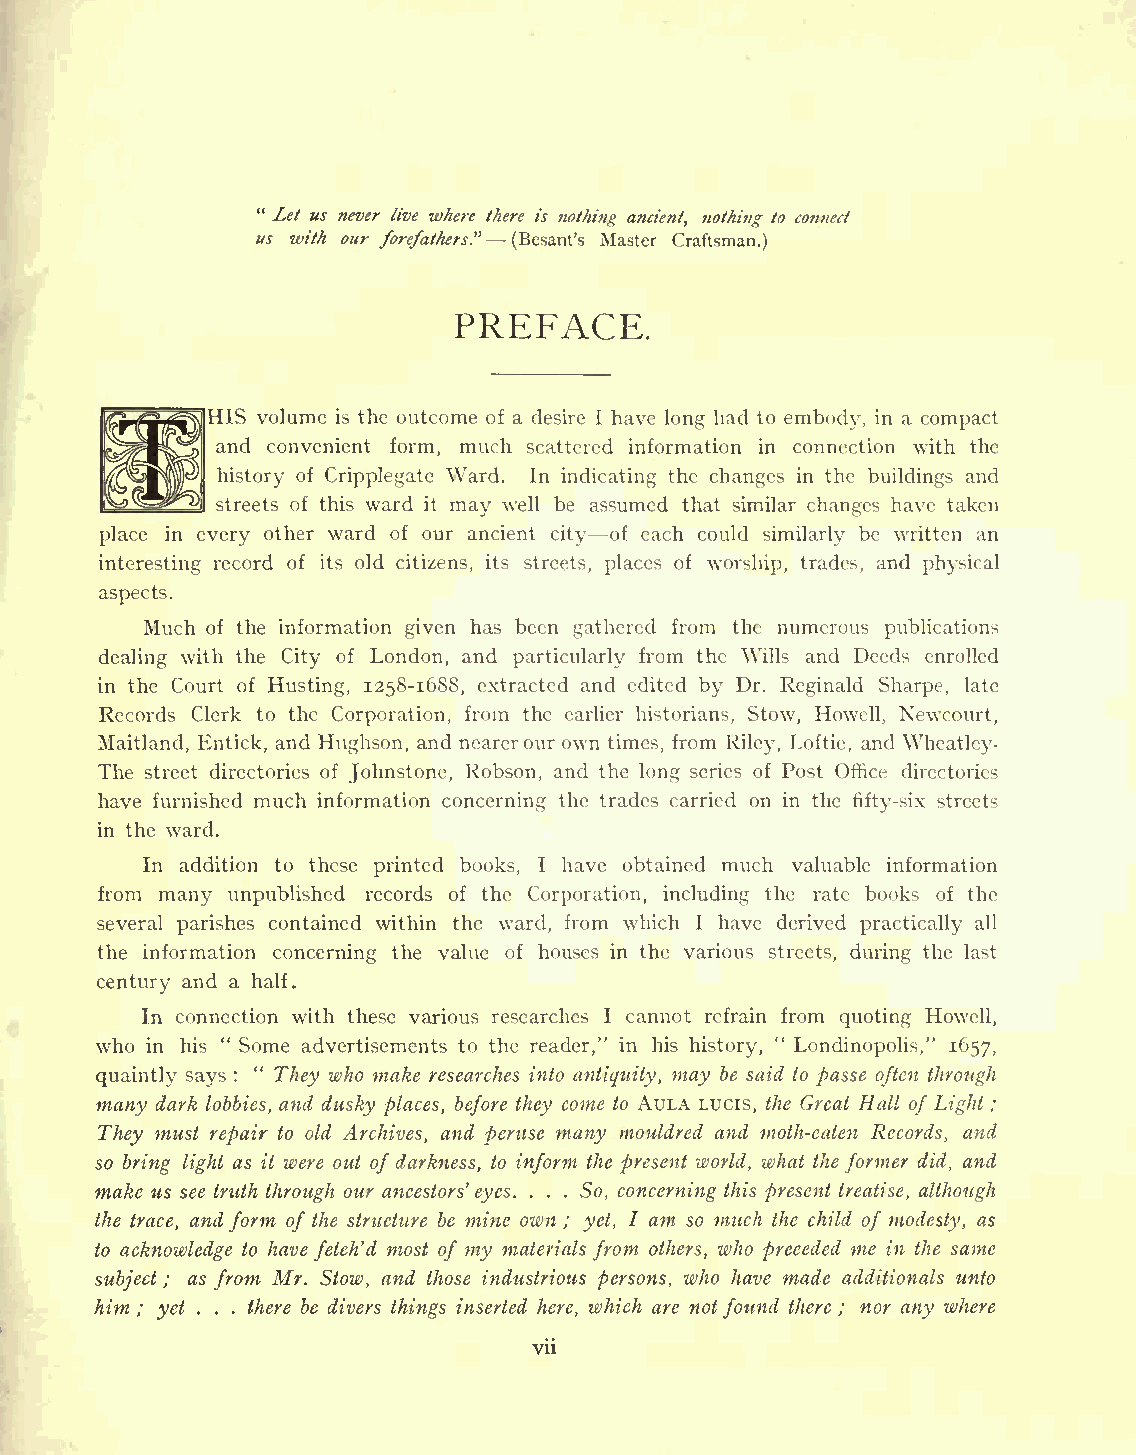
" Let us never live where there is nothing ancient, nothing to connect
 us with our forefathers" (Besant's Master Craftsman.)
 PREFACE.
 HIS volume is the outcome of a desire I have long had to embody, in a compact
 and convenient form, much scattered information in connection with the
 history of Cripplegate Ward. In indicating the changes in the buildings and
 streets of this ward it may well be assumed that similar changes have taken
 place in every other ward of our ancient city of each could similarly be written an
 interesting record of its old citizens, its streets, places of worship, trades, and physical
 aspects.
 Much of the information given has been gathered from the numerous publications
 dealing with the City of London, and particularly from the Wills and Deeds enrolled
 in the Court of Husting, 1258-1688, extracted and edited by Dr. Reginald Sharpe, late
 Records Clerk to the Corporation, from the earlier historians, Stow, Howell, Newcourt,
 Maitland, Entick, and Hughson, and nearerour own times, from Riley, Loftie, and Wheatley-
 The street directories of Johnstone, Robson, and the long series of Post Office directories
 have furnished much information concerning the trades carried on in the fifty-six streets
 in the ward.
 In addition to these printed books, I have obtained much valuable information
 from many unpublished records of the Corporation, including the rate books of the
 several parishes contained within the ward, from which I have derived practically all
 the information concerning the value of houses in the various streets, during the last
 century and a half.
 In connection with these various researches I cannot refrain from quoting Howell,
 who in his " Some advertisements to the reader," in his history, " Londinopolis," 1657,
 "
 quaintly says : They who make researches into antiquity, may be said to passe often through
 many dark lobbies, and dusky places, before they come to AULA LUCIS, the Great Hall of Light ;
 They must repair to old Archives, and peruse many mouldred and moth-eaten Records, and
 so bring light as it were out of darkness, to inform the present world, what theformer did, and
 make us see truth through our ancestors'eyes. . . . So, concerning this present treatise, although
 the trace, and form of the structure be mine own ; yet, I am so much the child of modesty, as
 to acknowledge to have fetch'd most of my materials from others, who preceded me in the same
 subject ; as from Mr. Stow, and those industrious persons, who have made additionals unto
 him ; yet . . . there be divers things inserted here, which are not found there ; nor any where
 vii